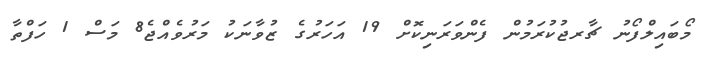
މޯބައިލްފޯނު ޗާރޖުކުރަމުން ފެންވަރަނިކޮށް 19 އަހަރުގެ ޒުވާނަކު މަރުވެއްޖެ8 މަސް 1 ހަފްތާ